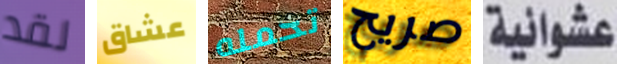
لقد عشاق تحمله صريح عشوائية